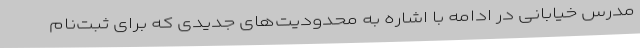
مدرس خیابانی در ادامه با اشاره به محدودیت‌های جدیدی که برای ثبت‌نام